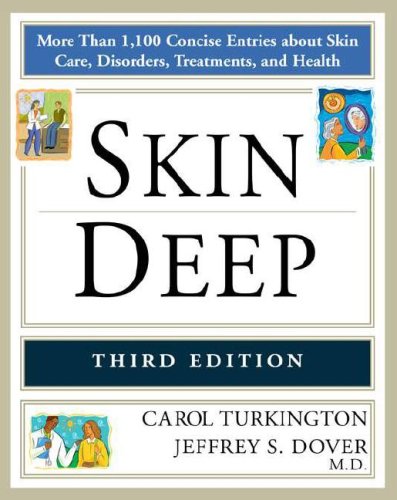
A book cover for Skin Deep; Carol Turkington; Health, Fitness & Dieting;